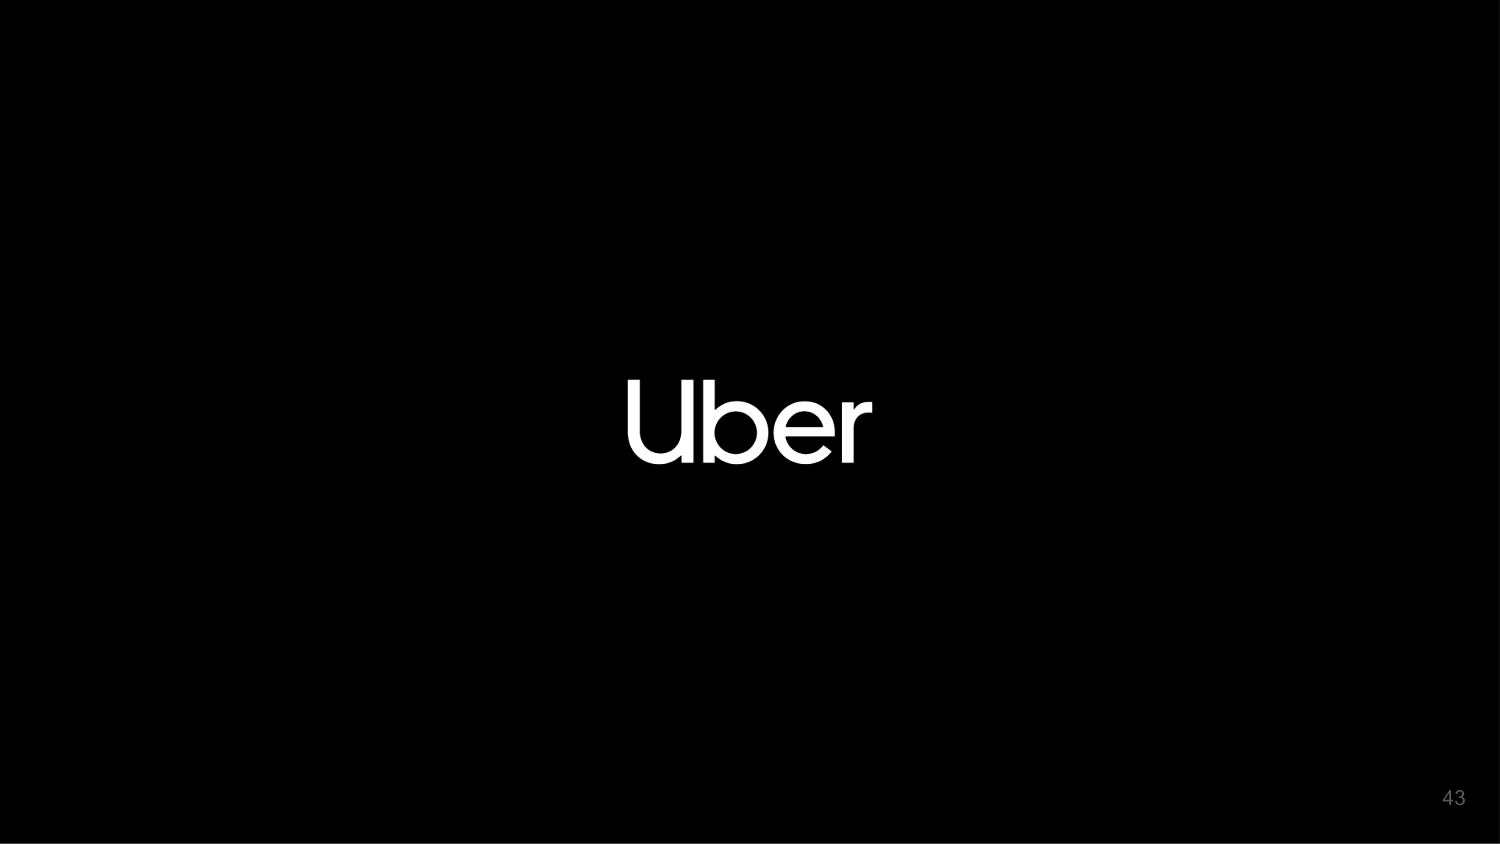
Uber
43